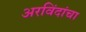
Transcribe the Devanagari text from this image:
अरविंदांचा